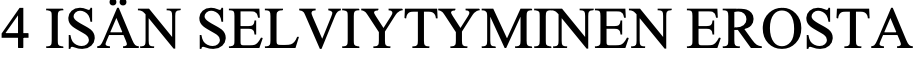
4 ISÄN SELVIYTYMINEN  EROSTA